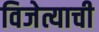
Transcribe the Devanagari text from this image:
विजेत्याची